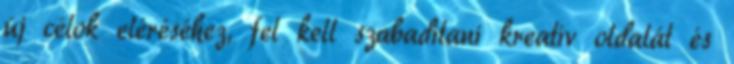
új célok eléréséhez, fel kell szabadítani kreatív oldalát és